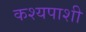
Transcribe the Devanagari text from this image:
कश्यपाशी